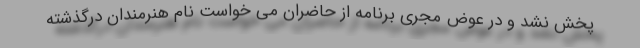
پخش نشد و در عوض مجری برنامه از حاضران می خواست نام هنرمندان درگذشته